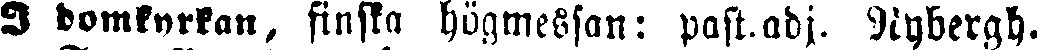
I domkyrkan, finska högmessan: past.adj. Nybergh.